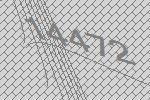
14472